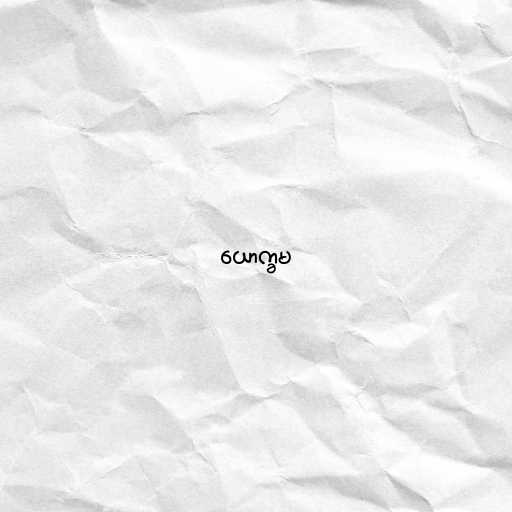
ယောက္ခမ